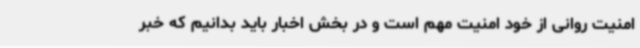
امنیت روانی از خود امنیت مهم است و در بخش اخبار باید بدانیم که خبر